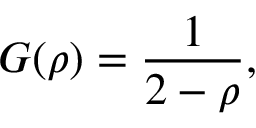
G ( \rho ) = \frac { 1 } { 2 - \rho } ,